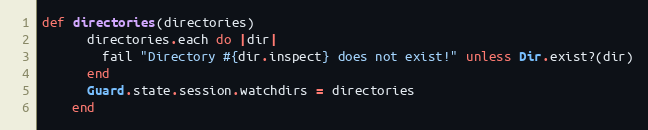
Language: Ruby
def directories(directories)
      directories.each do |dir|
        fail "Directory #{dir.inspect} does not exist!" unless Dir.exist?(dir)
      end
      Guard.state.session.watchdirs = directories
    end